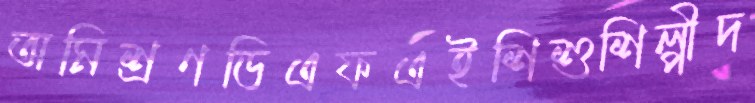
অমিশ্রণডিএফএইশিশুশিল্পীদ